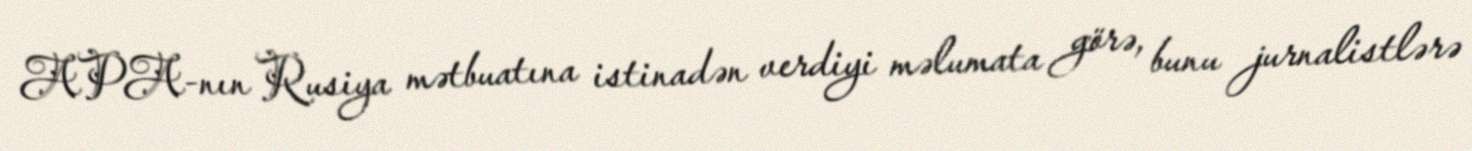
APA-nın Rusiya mətbuatına istinadən verdiyi məlumata görə, bunu jurnalistlərə